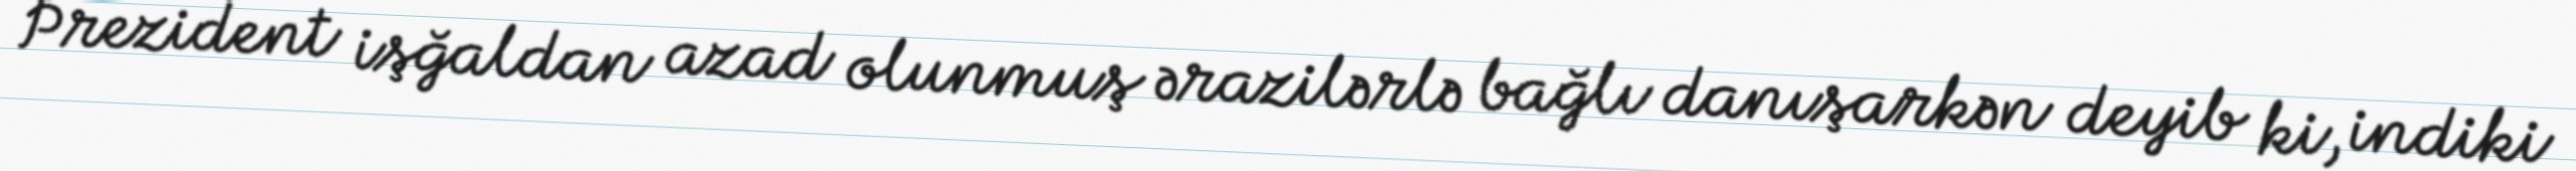
Prezident işğaldan azad olunmuş ərazilərlə bağlı danışarkən deyib ki, indiki